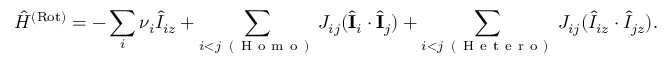
\hat { H } ^ { \mathrm { ( R o t ) } } = - \sum _ { i } \nu _ { i } \hat { I } _ { i z } + \sum _ { \substack { i < j \, \mathrm { ~ ( ~ H ~ o ~ m ~ o ~ ) ~ } } } J _ { i j } ( \hat { \mathbf { I } } _ { i } \cdot \hat { \mathbf { I } } _ { j } ) + \sum _ { \substack { i < j \, \mathrm { ~ ( ~ H ~ e ~ t ~ e ~ r ~ o ~ ) ~ } } } J _ { i j } ( \hat { I } _ { i z } \cdot \hat { I } _ { j z } ) .